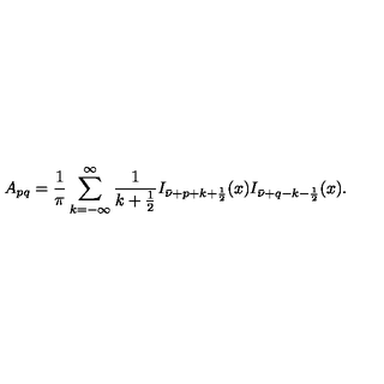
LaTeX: A _ { p q } = \frac 1 \pi \sum _ { k = - \infty } ^ { \infty } \frac 1 { k + \frac 1 2 } I _ { \bar { \nu } + p + k + \frac 1 2 } ( x ) I _ { \bar { \nu } + q - k - \frac 1 2 } ( x ) .